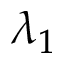
\lambda _ { 1 }